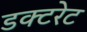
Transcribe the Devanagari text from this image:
डक्टरेट